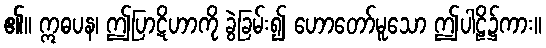
၏။ ဣဓပန၊ ဤပြာဋိဟာကို ခွဲခြမ်း၍ ဟောတော်မူသော ဤပါဠိ၌ကား။